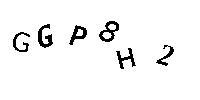
GGP8H2